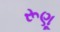
રૂણૂ